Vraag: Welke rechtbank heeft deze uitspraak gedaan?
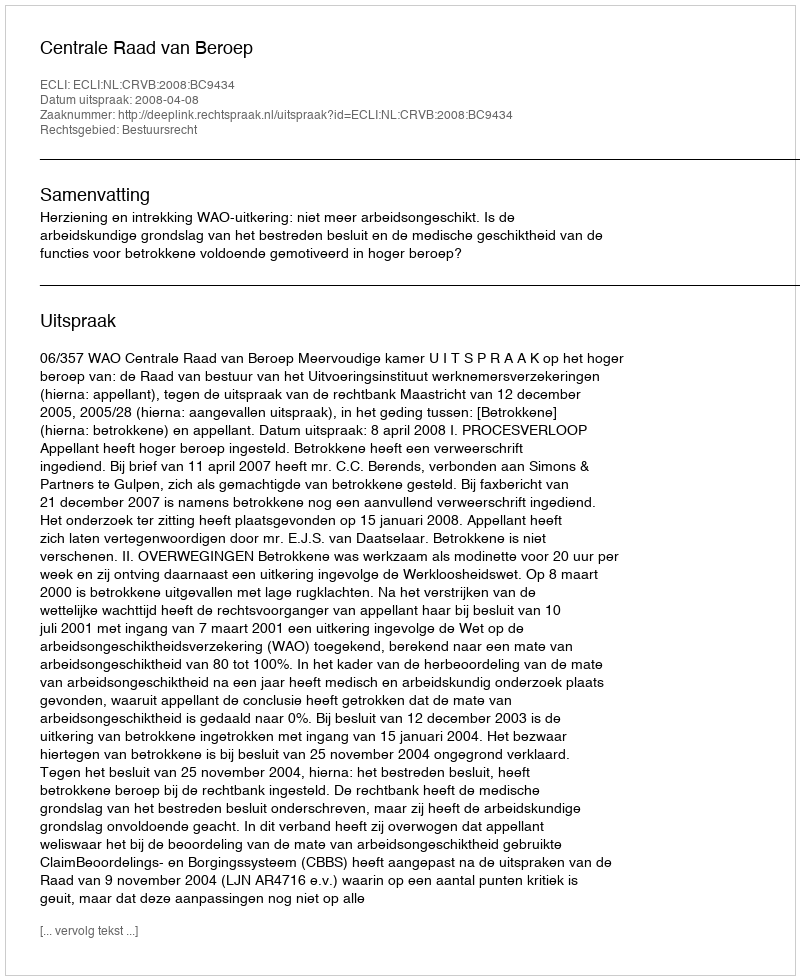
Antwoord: Centrale Raad van Beroep